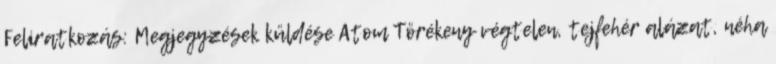
Feliratkozás: Megjegyzések küldése Atom Törékeny végtelen, tejfehér alázat, néha